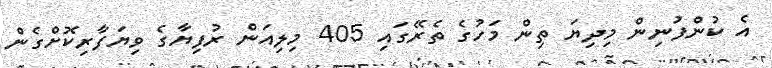
އެ ކުންފުނިން މިދިޔަ ތިން މަހުގެ ތެރޭގައި 405 މިލިއަން ރުފިޔާގެ ވިޔަފާރިކޮށްގެން